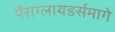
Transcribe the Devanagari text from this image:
पॅराग्लायडर्समागे